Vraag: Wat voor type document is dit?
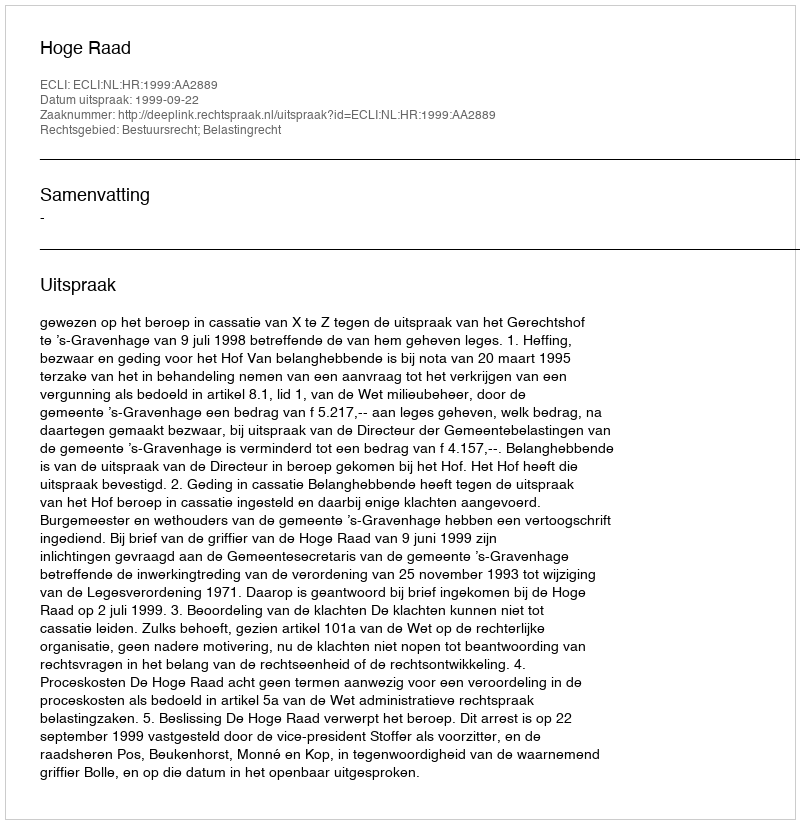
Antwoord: Uitspraak